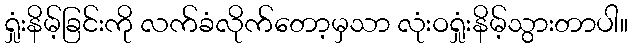
ရှုံးနိမ့်ခြင်းကို လက်ခံလိုက်တော့မှသာ လုံးဝရှုံးနိမ့်သွားတာပါ။